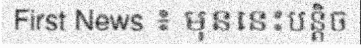
First News ៖ មុននេះបន្តិច